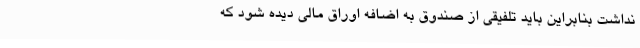
نداشت بنابراین باید تلفیقی از صندوق به اضافه اوراق مالی دیده شود که